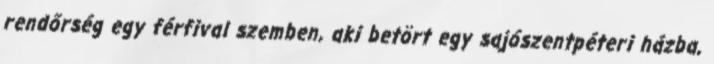
rendőrség egy férfival szemben, aki betört egy sajószentpéteri házba,